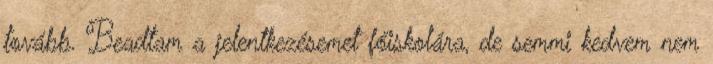
tovább. Beadtam a jelentkezésemet főiskolára, de semmi kedvem nem